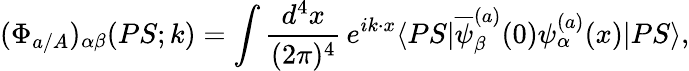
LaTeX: (\Phi_{a/A})_{\alpha\beta}(PS;k)=\int\frac{d^{4}x}{(2\pi)^{4}}\, e^{ik\cdot x}\langle PS|\overline{{{\psi}}}_{\beta}^{(a)}(0)\psi_{\alpha}^{(a)}(x)|PS\rangle,